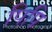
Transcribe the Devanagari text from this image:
पिपि